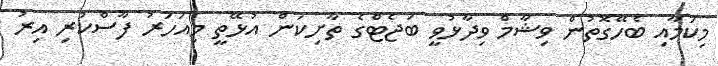
މިކަމާއި ބެހޭގޮތުން ވިޝާމް ވިދާޅުވީ ބަޖެޓްގެ ތާށިކަން އުޅޭތީ މިއަހަރު ފާސްކުރި އިރު